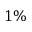
1 \%